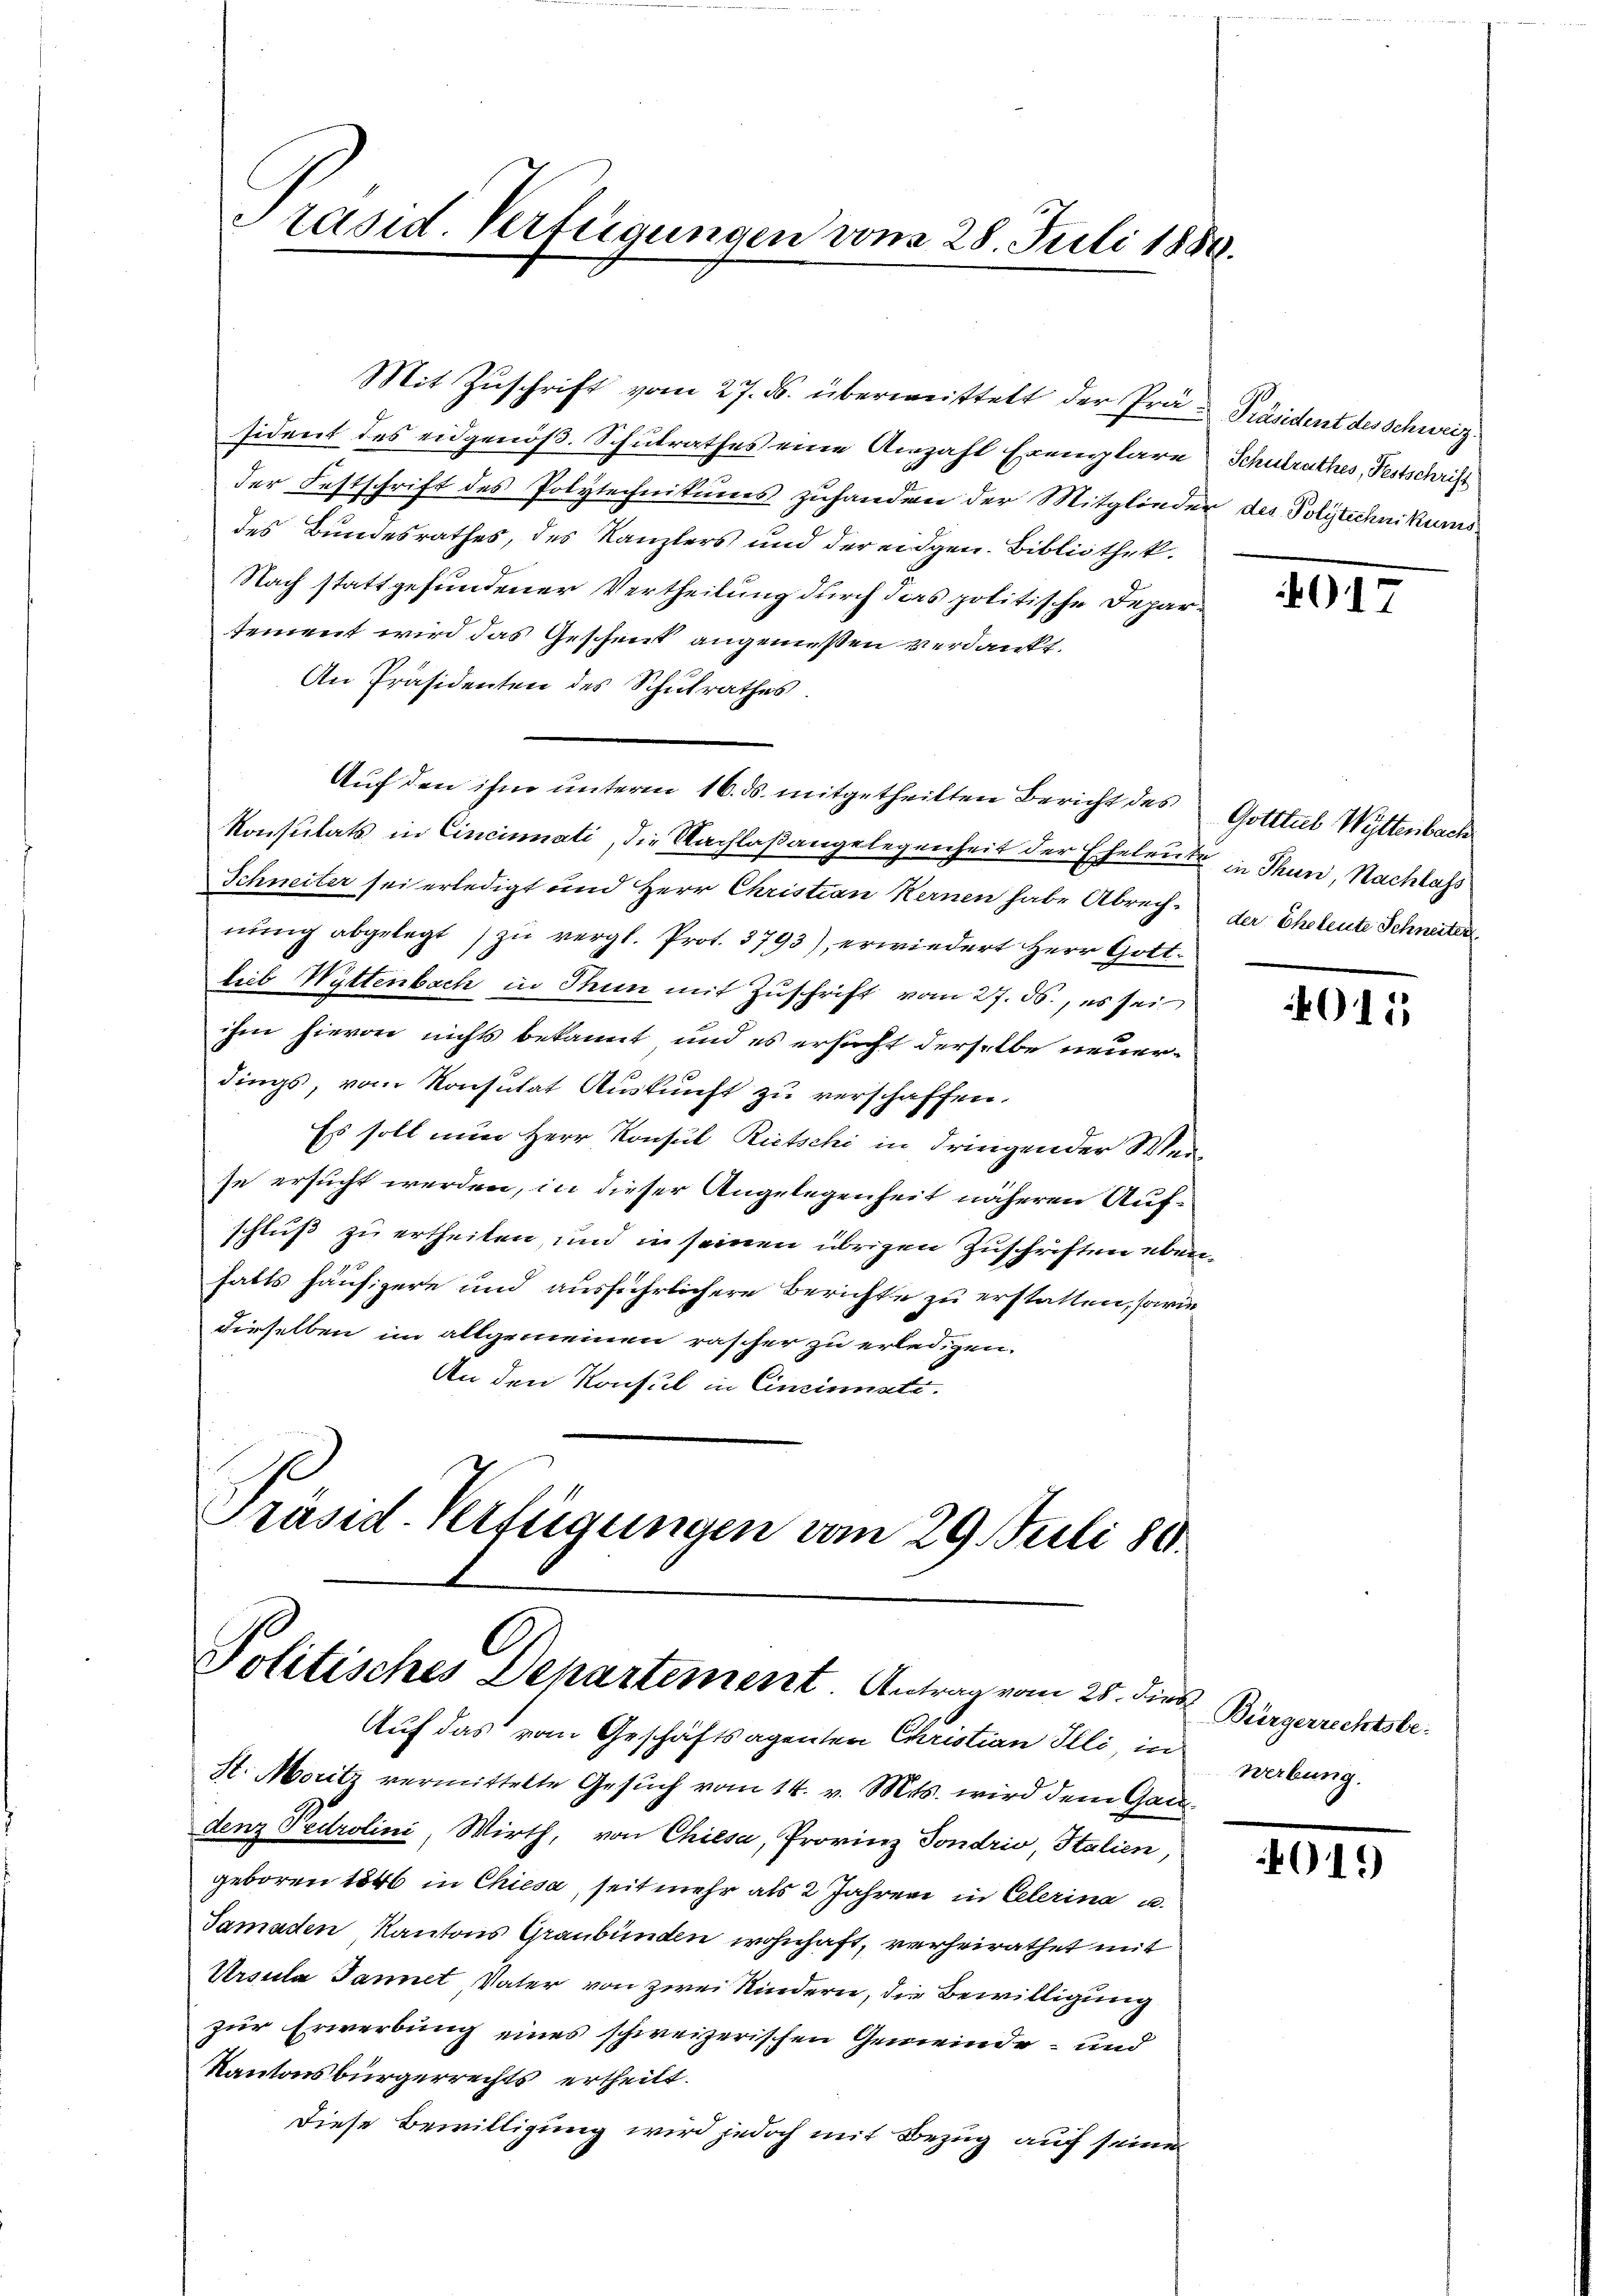
Präsid. Verfügungen vom 28. Juli 1880.

der Festschrift des Polytechnikums zuhanden der Mitglieder des Polytechnikums
des Bundesrathes, des Kanzlers und der eidgen. Bibliothek.
Nach stattgefundener Vertheilung durch das politische Departement wird das Geschent angemeßen verdankt.
An Präsidenten des Schulrathes.
Auf den ihm unterm 16. ds. mitgetheilten Bericht des Gotttul Wittenbach
Konsulats in Cincinati, die Nachlaßangelegenheit der Eheleute in Thun, Nachlass
Schneiter sei erledigt und Herr Christian Kernen habe Abrech der Ehetente Schneiter
nung abgelegt zu vergl. Prot. 3793), erwiedert Herr Gottlieb Wyttenbach in Thun mit Zuschrift vom 27. ds., es sei
ihm hievon nichts bekannt und es ersucht derselbe neuerdings, vom Konsutat Auskunft zu verschaffen.
Es soll nun Herr Konsul Rietschi in dringender Weise ersucht werden, in dieser Angelegenheit näheren Aufschluß zu ertheilen, und in seinen übrigen Zuschriften ebenfalls häufigere und ausführlichere Berichte zu erstatten, sowie
dieselben im allgemeinen rascher zu erledigen.
An den Konsul in Einsinnste.
Präsid. Verfügungen vom 29. Juli 180.

Politisches Departement. Antrag vom 25. Dieb

Auf das vom Geschäftsagenten Christian Illi, in Werbung.
H. Moritz vermittelte Gesuch vom 14. v. Mts. wird dem Gandenz Fedrolini, Wirth, von Chiesa, Provinz Sondrio, Italien,
geboren 1846 in Chiesa, seit mehr als 2 Jahren in Peterina u.
Tamaden Kantons Graubünden wohnhaft, verheirathet mit
Ursula Tannet Vater von zwei Kindern, die Bewilligung
zur Erwerbung eines schweizerischen Gemeinde- und
Kantonsbürgerrechts ertheilt.
Diese Bewilligung wird jedoch mit Bezug auf seinen

Mit Zŭschrift vom 27. ds. überweittelt der Prä- Präsident des Schweiz.
sident des eidgenöß. Schulrathes eine Anzahl Exemplare Schulrathes, Festschrift

017

011

Bürgerrechtsbe-

4019